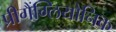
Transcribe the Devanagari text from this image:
प्रीगैंग्लियोनिक